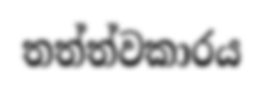
තත්ත්වකාරය